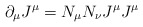
\begin{align*}\partial_{\mu}J^{\mu}=N_{\mu}N_{\nu}J^{\mu} J^{\mu}\end{align*}